Report of the Indian Hemp Drugs Commission, 1894-1895 - Volume IV
Year: 1894
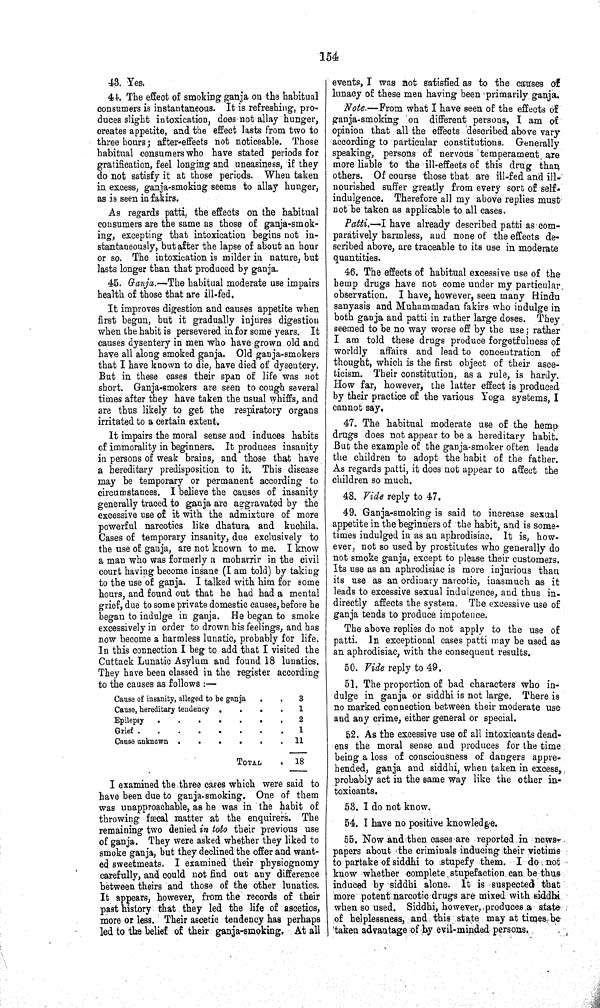
154
43. Yes.
44. The effect of smoking ganja on the habitual
consumers is instantaneous. It is refreshing, pro¬
duces slight intoxication, does not allay hunger,
creates appetite, and the effect lasts from two to
three hours; after-effects not noticeable. Those
habitual consumers who have stated periods for
gratification, feel longing and uneasiness, if they
do not satisfy it at those periods. When taken
in excess, ganja-smoking seems to allay hunger,
as is seen in fakirs.
As regards patti, the effects on the habitual
consumers are the same as those of ganja-smok¬
ing, excepting that intoxication begins not in¬
stantaneously, but after the lapse of about an hour
or so. The intoxication is milder in nature, but
lasts longer than that produced by ganja.
45. Ganja.—The habitual moderate use impairs
health of those that are ill-fed.
It improves digestion and causes appetite when
first begun, but it gradually injures digestion
when the habit is persevered in for some years. It
causes dysentery in men who have grown old and
have all along smoked ganja. Old ganja-smokers
that I have known to die, have died of dysentery.
But in these cases their span of life was not
short. Ganja-smokers are seen to cough several
times after they have taken the usual whiffs, and
are thus likely to get the respiratory organs
irritated to a certain extent.
It impairs the moral sense and induces habits
of immorality in beginners. It produces insanity
in persons of weak brains, and those that have
a hereditary predisposition to it. This disease
may be temporary or permanent according to
circumstances. I believe the causes of insanity
generally traced to ganja are aggravated by the
excessive use of it with the admixture of more
powerful narcotics like dhatura and kuchila.
Cases of temporary insanity, due exclusively to
the use of gauja, are not known to me. I know
a man who was formerly a moharrir in the civil
court having become insane (I am told) by taking
to the use of ganja. I talked with him for some
hours, and found out that he had had a mental
grief, due to some private domestic causes, before he
began to indulge in ganja. He began to smoke
excessively in order to drown his feelings, and has
now become a harmless lunatic, probably for life.
In this connection I beg to add that I visited the
Cuttack Lunatic Asylum and found 18 lunatics.
They have been classed in the register according
to the causes as follows:—
Cause of insanity, alleged to be ganja
3
Cause, hereditary tendency
1
Epilepsy
2
Grief
1
Cause unknown
11
TOTAL
18
I examined the three cases which were said to
have been due to ganja-smoking. One of them
was unapproachable, as he was in the habit of
throwing fæcal matter at the enquirers. The
remaining two denied in toto their previous use
of ganja. They were asked whether they liked to
smoke ganja, but they declined the offer and want¬
ed sweetmeats. I examined their physiognomy
carefully, and could not find out any difference
between theirs and those of the other lunatics.
It appears, however, from the records of their
past history that they led the life of ascetics,
more or less. Their ascetic tendency has perhaps
led to the belief of their ganja-smoking. At all
events, I was not satisfied as to the causes of
lunacy of these men having been primarily ganja.
Note.—From what I have seen of the effects of
ganja-smoking on different persons, I am of
opinion that all the effects described above vary
according to particular constitutions. Generally
speaking, persons of nervous temperament are
more liable to the ill-effects of this drug than
others. Of course those that are ill-fed and ill-
nourished suffer greatly from every sort of self-
indulgence. Therefore all my above replies must
not be taken as applicable to all cases.
Patti.—I have already described patti as com¬
paratively harmless, and none of the effects de¬
scribed above, are traceable to its use in moderate
quantities.
46. The effects of habitual excessive use of the
hemp drugs have not come under my particular
observation. I have, however, seen many Hindu
sanyasis and Muhammadan fakirs who indulge in
both ganja and patti in rather large doses. They
seemed to be no way worse off by the use; rather
I am told these drugs produce forgetfulness of
worldly affairs and lead to concentration of
thought, which is the first object of their asce¬
ticism. Their constitution, as a rule, is hardy.
How far, however, the latter effect is produced
by their practice of the various Yoga systems, I
cannot say.
47. The habitual moderate use of the hemp
drugs does not appear to be a hereditary habit.
But the example of the ganja-smoker often leads
the children to adopt the habit of the father.
As regards patti, it does not appear to affect the
children so much.
48. Vide reply to 47.
49. Ganja-smoking is said to increase sexual
appetite in the beginners of the habit, and is some¬
times indulged in as an aphrodisiac. It is, how¬
ever, not so used by prostitutes who generally do
not smoke ganja, except to please their customers.
Its use as an aphrodisiac is more injurious than
its use as an ordinary narcotic, inasmuch as it
leads to excessive sexual indulgence, and thus in-
directly affects the system. The excessive use of
ganja tends to produce impotence.
The above replies do not apply to the use of
patti. In exceptional cases patti may be used as
an aphrodisiac, with the consequent results.
50. Vide reply to 49.
51. The proportion of bad characters who in¬
dulge in ganja or siddhi is not large. There is
no marked connection between their moderate use
and any crime, either general or special.
52. As the excessive use of all intoxicants dead¬
ens the moral sense and produces for the time
being a loss of consciousness of dangers appre¬
hended, ganja and siddhi, when taken in excess,
probably act in the same way like the other in¬
toxicants.
53. I do not know.
54. I have no positive knowledge.
55. Now and then cases are reported in news
papers about the criminals inducing their victims
to partake of siddhi to stupefy them. I do not
know whether complete stupefaction can be thus
induced by siddhi alone. It is suspected that
more potent narcotic drugs are mixed with siddhi
when so used. Siddhi, however, produces a state
of helplessness, and this state may at times be
taken advantage of by evil-minded persons.